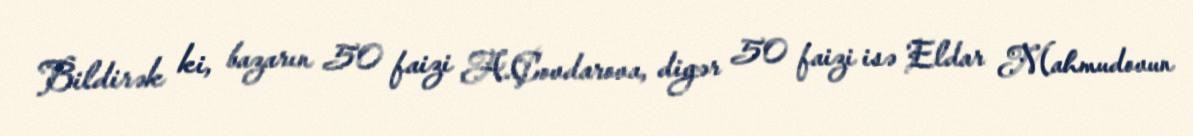
Bildirək ki, bazarın 50 faizi A.Çovdarova, digər 50 faizi isə Eldar Mahmudovun